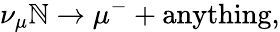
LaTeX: \nu_{\mu}\mathbb{N}\rightarrow\mu^{-}+\mathrm{{anything}},